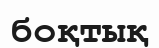
боқтық